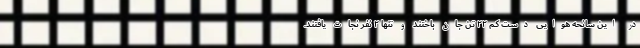
در این سانحه هوایی دست کم ۲۲ تن جان باختند و تنها ۲ نفر نجات یافتند.